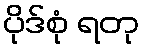
ပိုဒ်စုံ ရတု